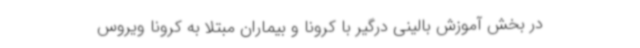
در بخش آموزش بالینی درگیر با کرونا و بیماران مبتلا به کرونا ویروس